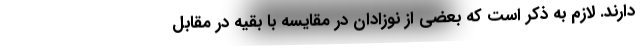
دارند. لازم به ذکر است که بعضی از نوزادان در مقایسه با بقیه در مقابل